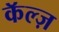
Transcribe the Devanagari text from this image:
कॅल्ज़